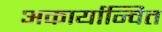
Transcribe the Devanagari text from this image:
अकार्यान्वित